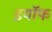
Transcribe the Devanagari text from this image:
इयॉफ